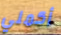
أكملي